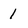
Character: 1